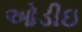
ઓડીઇ